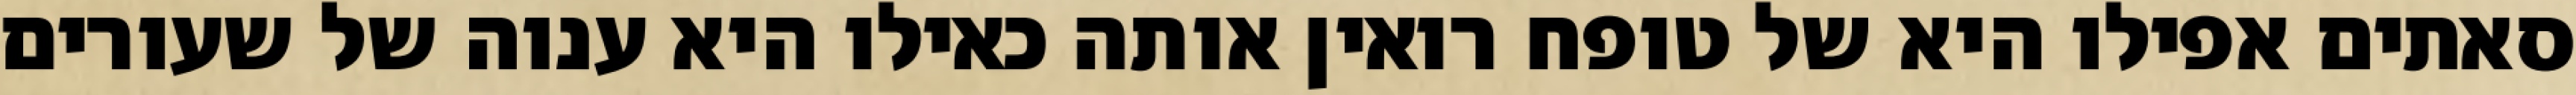
סאתים אפילו היא של טופח רואין אותה כאילו היא ענוה של שעורים